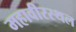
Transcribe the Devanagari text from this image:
महावीरस्थल